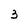
Character: 3